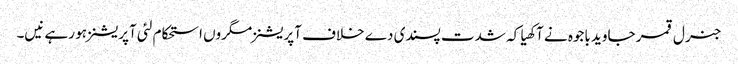
جنرل قمر جاوید باجوہ نے آکھیا کہ شدت پسندی دے خلاف آپریشنز مگروں استحکام لئی آپریشنز ہو رہے نیں۔